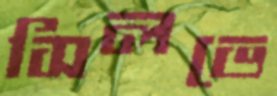
সিলভে